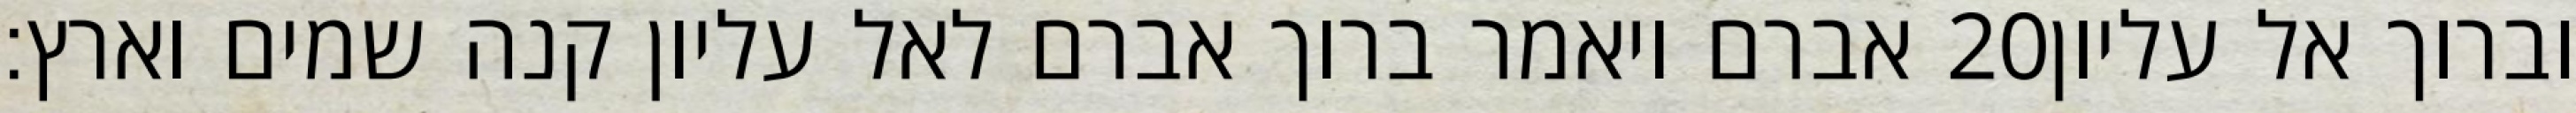
אברם ויאמר ברוך אברם לאל עליון קנה שמים וארץ׃ ‎20‏ וברוך אל עליון